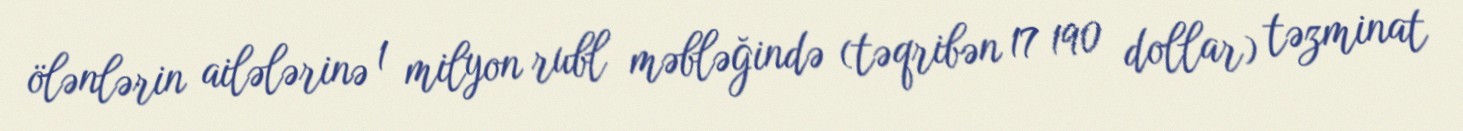
ölənlərin ailələrinə 1 milyon rubl məbləğində (təqribən 17 190 dollar) təzminat